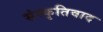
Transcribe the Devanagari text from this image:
संस्कृतिवाद